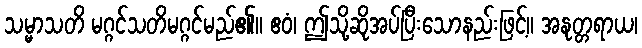
သမ္မာသတိ မဂ္ဂင်သတိမဂ္ဂင်မည်၏။ ဧဝံ၊ ဤသို့ဆိုအပ်ပြီးသောနည်းဖြင့်။ အနုတ္တရာယ၊